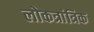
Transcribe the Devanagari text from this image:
लोकत्रांत्रिक